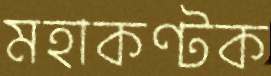
মহাকণ্টক